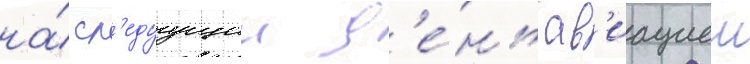
на́ сл'едуущии д'е́нь ав'иациеи